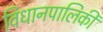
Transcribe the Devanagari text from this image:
विधानपालिकी